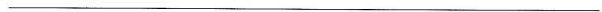
___